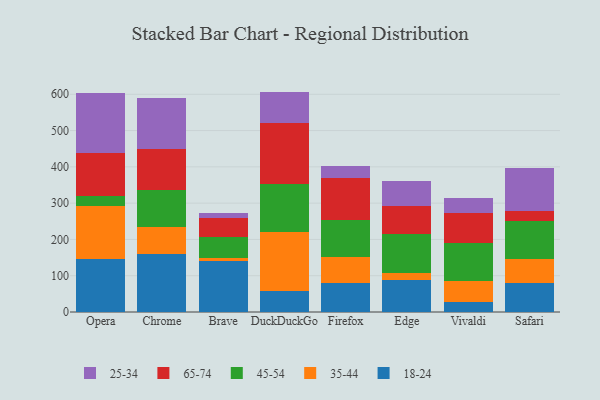
{"axis": {"x": "Browser", "y": "Operating Costs (USD K)"}, "legend": ["18-24", "25-34", "35-44", "45-54", "65-74"], "data": [{"x": "Opera", "y": 144.7, "type": "18-24"}, {"x": "Opera", "y": 146.7, "type": "35-44"}, {"x": "Opera", "y": 28.2, "type": "45-54"}, {"x": "Opera", "y": 117.3, "type": "65-74"}, {"x": "Opera", "y": 166.8, "type": "25-34"}, {"x": "Chrome", "y": 158.6, "type": "18-24"}, {"x": "Chrome", "y": 75.0, "type": "35-44"}, {"x": "Chrome", "y": 101.6, "type": "45-54"}, {"x": "Chrome", "y": 112.9, "type": "65-74"}, {"x": "Chrome", "y": 140.9, "type": "25-34"}, {"x": "Brave", "y": 140.5, "type": "18-24"}, {"x": "Brave", "y": 7.7, "type": "35-44"}, {"x": "Brave", "y": 58.8, "type": "45-54"}, {"x": "Brave", "y": 53.2, "type": "65-74"}, {"x": "Brave", "y": 13.4, "type": "25-34"}, {"x": "DuckDuckGo", "y": 58.1, "type": "18-24"}, {"x": "DuckDuckGo", "y": 162.2, "type": "35-44"}, {"x": "DuckDuckGo", "y": 131.1, "type": "45-54"}, {"x": "DuckDuckGo", "y": 170.2, "type": "65-74"}, {"x": "DuckDuckGo", "y": 85.8, "type": "25-34"}, {"x": "Firefox", "y": 79.8, "type": "18-24"}, {"x": "Firefox", "y": 71.0, "type": "35-44"}, {"x": "Firefox", "y": 101.5, "type": "45-54"}, {"x": "Firefox", "y": 116.1, "type": "65-74"}, {"x": "Firefox", "y": 34.9, "type": "25-34"}, {"x": "Edge", "y": 87.1, "type": "18-24"}, {"x": "Edge", "y": 21.4, "type": "35-44"}, {"x": "Edge", "y": 107.6, "type": "45-54"}, {"x": "Edge", "y": 74.9, "type": "65-74"}, {"x": "Edge", "y": 70.2, "type": "25-34"}, {"x": "Vivaldi", "y": 27.1, "type": "18-24"}, {"x": "Vivaldi", "y": 59.1, "type": "35-44"}, {"x": "Vivaldi", "y": 104.9, "type": "45-54"}, {"x": "Vivaldi", "y": 82.7, "type": "65-74"}, {"x": "Vivaldi", "y": 41.0, "type": "25-34"}, {"x": "Safari", "y": 80.9, "type": "18-24"}, {"x": "Safari", "y": 64.7, "type": "35-44"}, {"x": "Safari", "y": 105.5, "type": "45-54"}, {"x": "Safari", "y": 28.5, "type": "65-74"}, {"x": "Safari", "y": 117.1, "type": "25-34"}]}